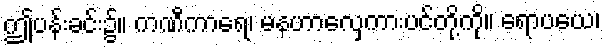
ဤပန်းခင်း၌။ ကဏီကာရေ၊ မနဟာလှေကားပင်တို့ကို။ ရောပယေ၊